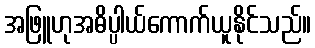
အဖြူဟုအဓိပ္ပါယ်ကောက်ယူနိုင်သည်။